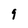
Character: 9